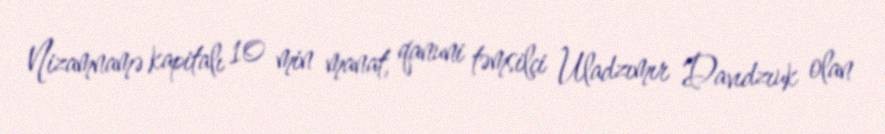
Nizamnamə kapitalı 10 min manat, qanuni təmsilçi Uladzımır Davıdzıuk olan